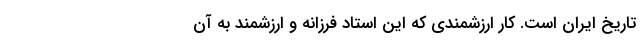
تاریخ ایران است. کار ارزشمندی که این استاد فرزانه و ارزشمند به آن